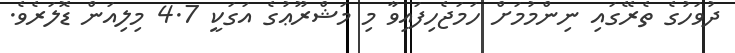
ދުވަހުގެ ތެރޭގައި ނިންމުމަށް ހަމަޖެހިފައިވާ މި މަޝްރޫޢުގެ އަގަކީ 4.7 މިލިއަން ޑޮލަރެވެ.